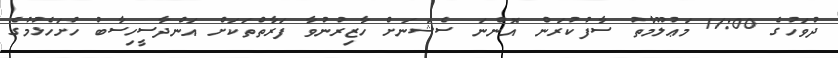
ދުވަހުގެ 11:00 މަޢުލޫމާތު ސާފުކުރަން އޮންނަ ސެޝަނަށް ހާޒިރުނުވާ ފަރާތްތަކަށް އަންދާސީހިސާބު ހުށަހެޅުމުގެ